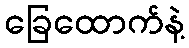
ခြေထောက်နဲ့